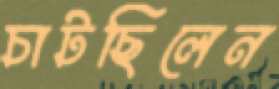
চাটছিলেন